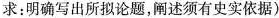
求：明确写出所拟论题，阐述须有史实依据)